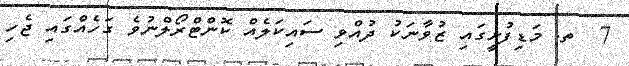
7  ތ. މަޑިފުށީގައި ޒުވާނަކު ދުއްވި ސައިކަލެއް ކޮންޓްރޯލްނުވެ ގަހެއްގައި ޖެހި